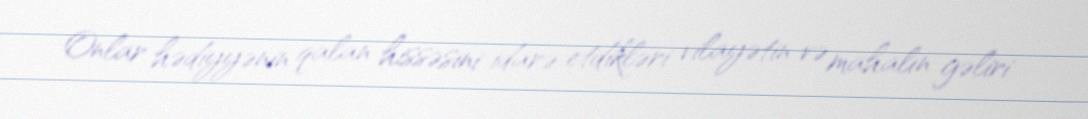
Onlar hədiyyənin qalan hissəsini idarə etdikləri vilayətin və mahalın gəliri